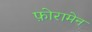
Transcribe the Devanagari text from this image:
फ़ोरामेन